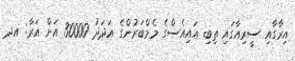
އިރާގާއި ސީރިއާގައި ތިބި އައިއެސްގެ މެމްބަރުންގެ އަދަދު 30000 އަށް އަރާ: އދ